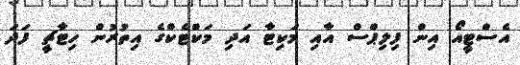
އެސްޓީއޯ އިން ފިލިޕްސް އާއި މަކިޓާ އަދި މަކްޓެކްގެ އިތުރުން ހިޓާޗީ ފަދަ